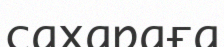
сахараға